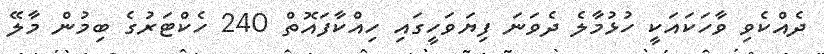
ދެއްކެވި ވާހަަކައަކީ ހުޅުމާލެ ދެވަނަ ފިޔަވަހީގައި ހިއްކާފައޮތް 240 ހެކްޓަރުގެ ބިމުން މާލޭ